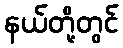
နယ်တို့တွင်